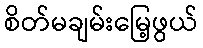
စိတ်မချမ်းမြေ့ဖွယ်